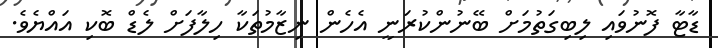
ޑާޓާ ފޮނުވައި ލިބިގަތުމަށް ބޭނުންކުރަނީ އެހެން ނިޒާމުތަކާ ހިލާފަށް ލެޑް ބޮކި އައްޔެވެ.